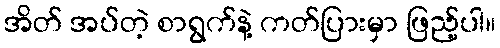
အိတ် အပ်တဲ့ စာရွက်နဲ့ ကတ်ပြားမှာ ဖြည့်ပါ။